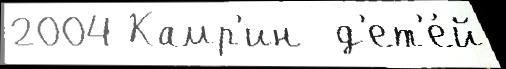
2004 Камр'ин  д'ет'е́й